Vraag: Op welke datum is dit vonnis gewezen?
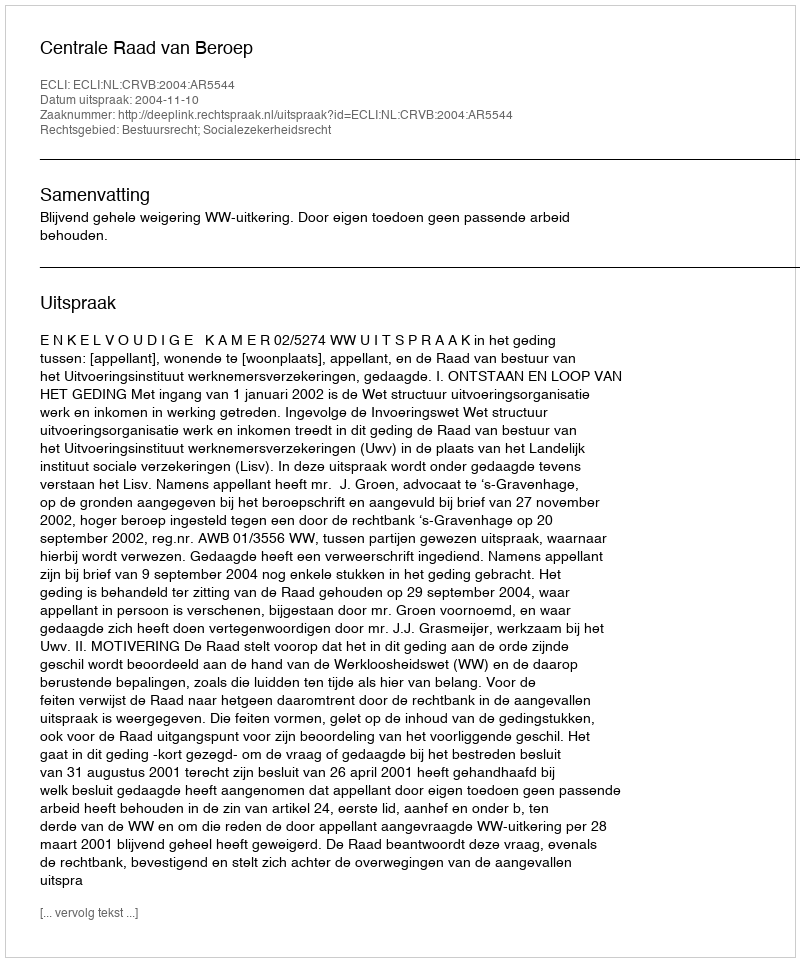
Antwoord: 2004-11-10